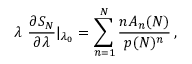
\lambda \ { \frac { \partial S _ { N } } { \partial \lambda } } | _ { \lambda _ { 0 } } = \sum _ { n = 1 } ^ { N } { \frac { n A _ { n } ( N ) } { p ( N ) ^ { n } } } \, ,